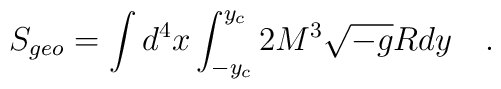
S_{geo}=\int d^4x\int_{-y_c}^{y_c}2M^3\sqrt{-g}Rdy\quad .